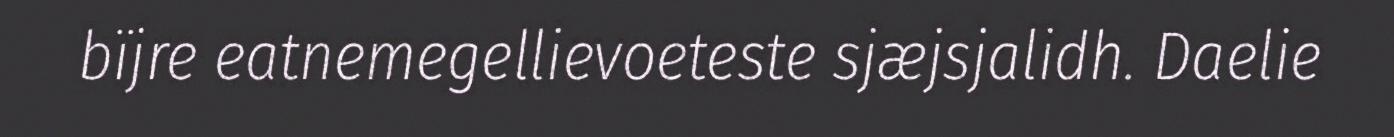
bïjre eatnemegellievoeteste sjæjsjalidh. Daelie